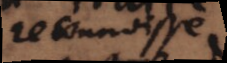
reconnaisse